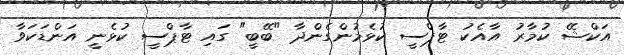
އަކްޝޭ ކުމާރު އާއެކު ޓާޕްސީ ކުޅެމުންގެންދާ "ބޭބީ" ގައި ޓާޕްސީ ކުޅެނީ އަންޑަކަވާ